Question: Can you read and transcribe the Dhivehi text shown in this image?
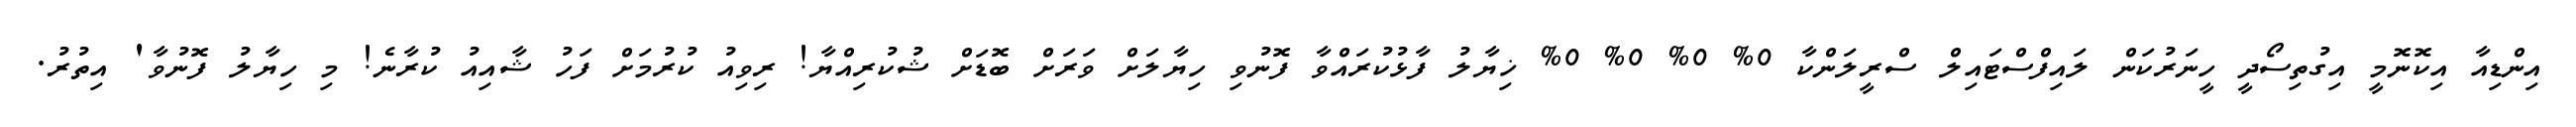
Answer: އިންޑިއާ އިކޮނޮމީ އިގުތިސޯދީ ހީނަރުކަން ލައިފްސްޓައިލް ސްރީލަންކާ 0% 0% 0% 0% ޚިޔާލު ފާޅުކުރައްވާ ފޮނުވި ހިޔާލަށް ވަރަށް ބޮޑަށް ޝުކުރިއްޔާ! ރިވިއު ކުރުމަށް ފަހު ޝާއިއު ކުރާނެ! މި ހިޔާލު ފޮނުވާ' އިތުރު.